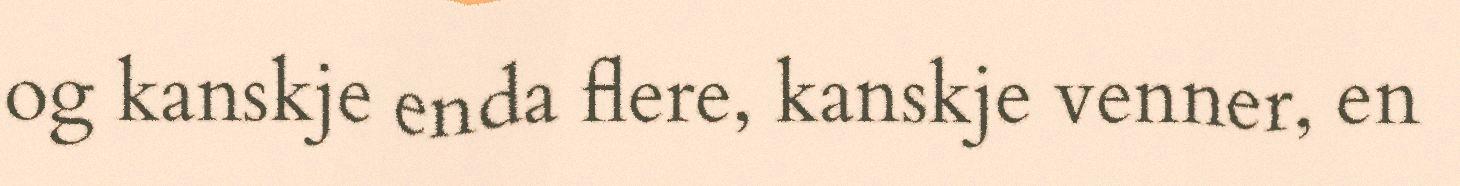
og kanskje enda flere, kanskje venner, en